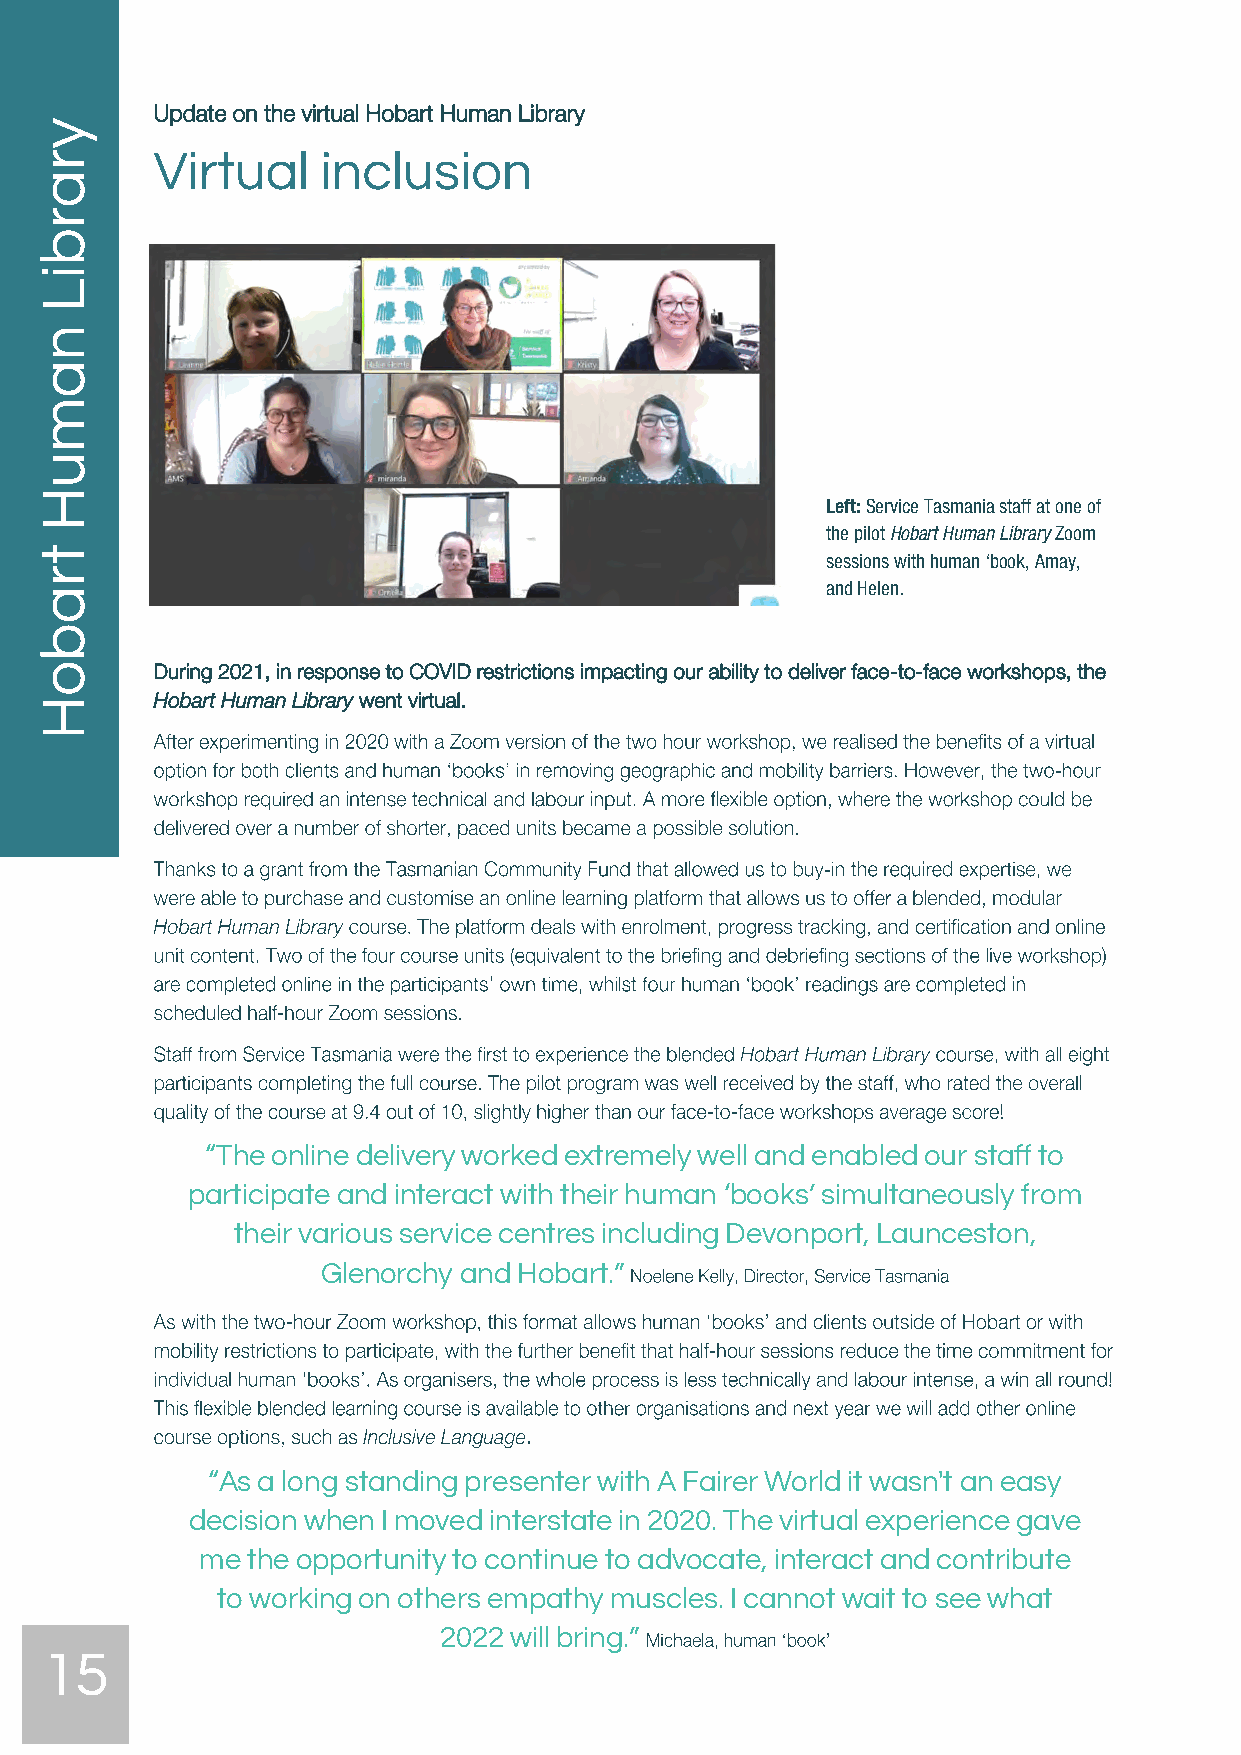
Update on the virtual Hobart Human Library
 Virtual    inclusion
 Left: Service Tasmania staff at one of
 the pilot Hobart Human Library Zoom
 sessions with human ‘book, Amay,
 and Helen.
 During 2021, in response to COVID restrictions impacting our ability to deliver face-to-face workshops, the
 Hobart Human Library went virtual.
 “The online delivery worked extremely well and enabled our staff to
 participate and interact with their human ‘books’ simultaneously from
 their various service centres including Devonport, Launceston,
 Glenorchy and Hobart.”
 “As a long standing presenter with A Fairer World it wasn't an easy
 decision when I moved interstate in 2020. The virtual experience gave
 me the opportunity to continue to advocate, interact and contribute
 to working on others empathy muscles. I cannot wait to see what
 2022 will bring.”
 15
 yrarbiL
 namuH
 traboH